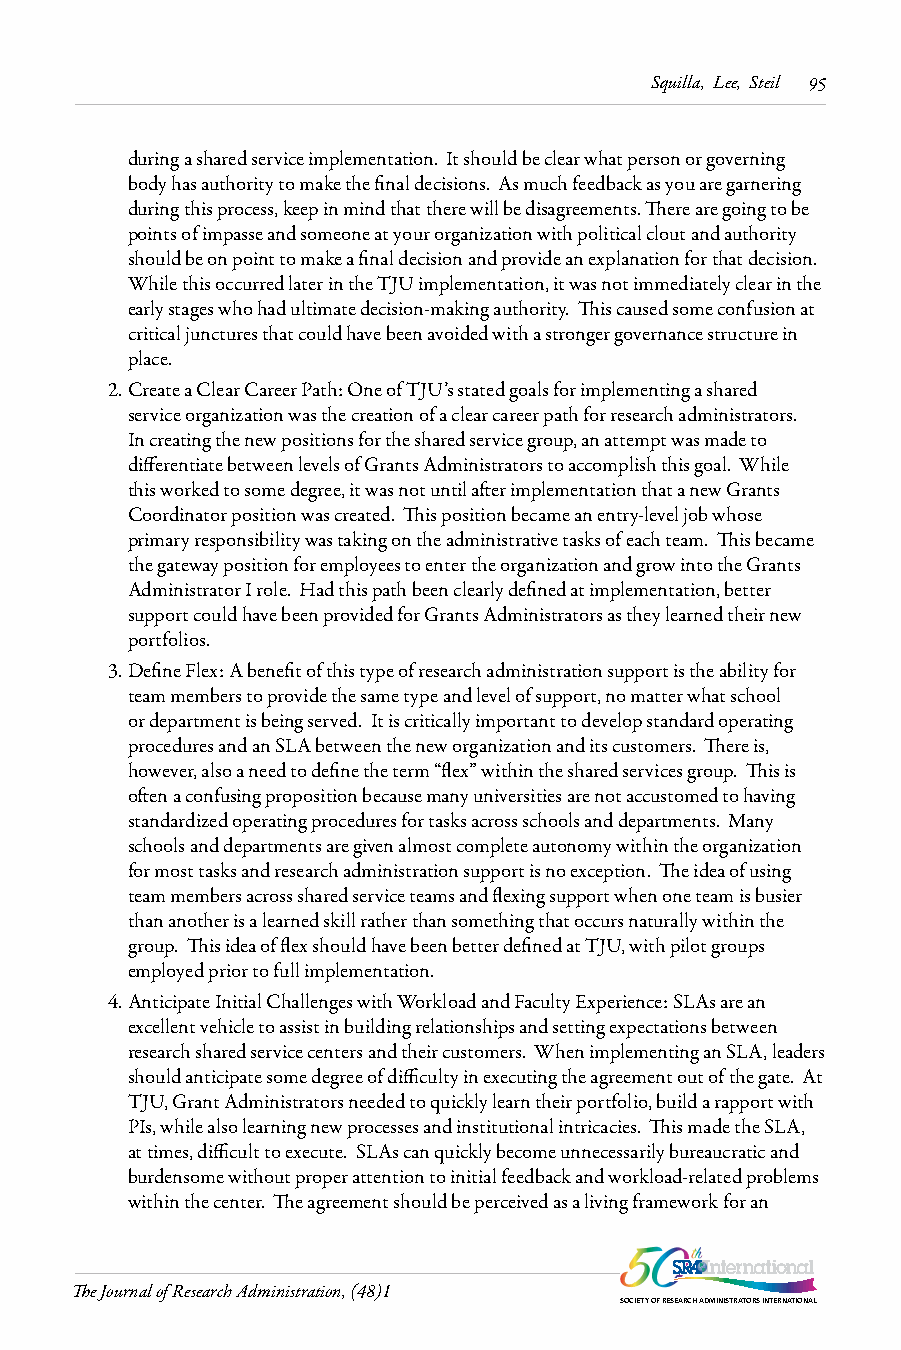
Squilla, Lee, Steil 95
 during a shared service implementation. It should be clear what person or governing
 body has authority to make the final decisions. As much feedback as you are garnering
 during this process, keep in mind that there will be disagreements. There are going to be
 points of impasse and someone at your organization with political clout and authority
 should be on point to make a final decision and provide an explanation for that decision.
 While this occurred later in the TJU implementation, it was not immediately clear in the
 early stages who had ultimate decision-making authority. This caused some confusion at
 critical junctures that could have been avoided with a stronger governance structure in
 place.
 2. Create a Clear Career Path: One of TJU’s stated goals for implementing a shared
 service organization was the creation of a clear career path for research administrators.
 In creating the new positions for the shared service group, an attempt was made to
 differentiate between levels of Grants Administrators to accomplish this goal. While
 this worked to some degree, it was not until after implementation that a new Grants
 Coordinator position was created. This position became an entry-level job whose
 primary responsibility was taking on the administrative tasks of each team. This became
 the gateway position for employees to enter the organization and grow into the Grants
 Administrator I role. Had this path been clearly defined at implementation, better
 support could have been provided for Grants Administrators as they learned their new
 portfolios.
 3. Define Flex: A benefit of this type of research administration support is the ability for
 team members to provide the same type and level of support, no matter what school
 or department is being served. It is critically important to develop standard operating
 procedures and an SLA between the new organization and its customers. There is,
 however, also a need to define the term “flex” within the shared services group. This is
 often a confusing proposition because many universities are not accustomed to having
 standardized operating procedures for tasks across schools and departments. Many
 schools and departments are given almost complete autonomy within the organization
 for most tasks and research administration support is no exception. The idea of using
 team members across shared service teams and flexing support when one team is busier
 than another is a learned skill rather than something that occurs naturally within the
 group. This idea of flex should have been better defined at TJU, with pilot groups
 employed prior to full implementation.
 4. Anticipate Initial Challenges with Workload and Faculty Experience: SLAs are an
 excellent vehicle to assist in building relationships and setting expectations between
 research shared service centers and their customers. When implementing an SLA, leaders
 should anticipate some degree of difficulty in executing the agreement out of the gate. At
 TJU, Grant Administrators needed to quickly learn their portfolio, build a rapport with
 PIs, while also learning new processes and institutional intricacies. This made the SLA,
 at times, difficult to execute. SLAs can quickly become unnecessarily bureaucratic and
 burdensome without proper attention to initial feedback and workload-related problems
 within the center. The agreement should be perceived as a living framework for an
 The Journal of Research Administration, (48)1
 SOCIETY OF RESEARCH ADMINISTRATORS INTERNATIONAL